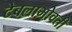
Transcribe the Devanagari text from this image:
टेबलाभोवती